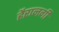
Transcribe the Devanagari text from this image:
हैरानगी